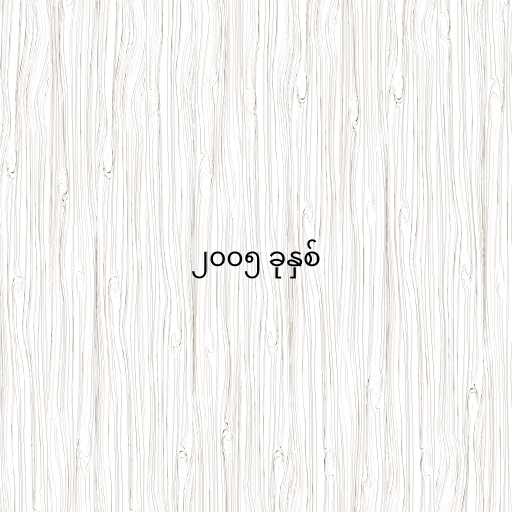
၂၀၀၅ ခုနှစ်